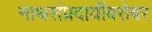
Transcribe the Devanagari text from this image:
नाथसंप्रदायींबरोबर